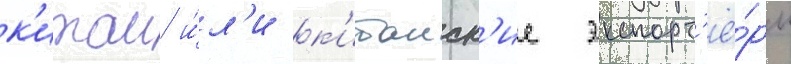
к'итаи и́л'и к'итаиск'ие экспорт'ё́ры